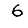
Digit: 6